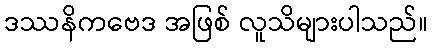
ဒဿနိကဗေဒ အဖြစ် လူသိများပါသည်။